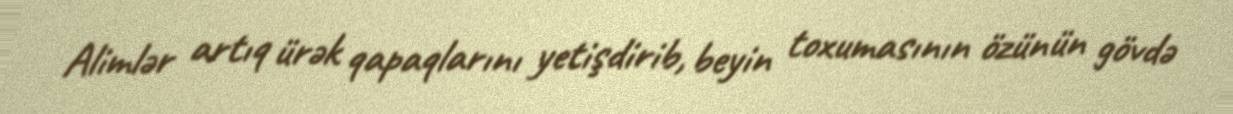
Alimlər artıq ürək qapaqlarını yetişdirib, beyin toxumasının özünün gövdə